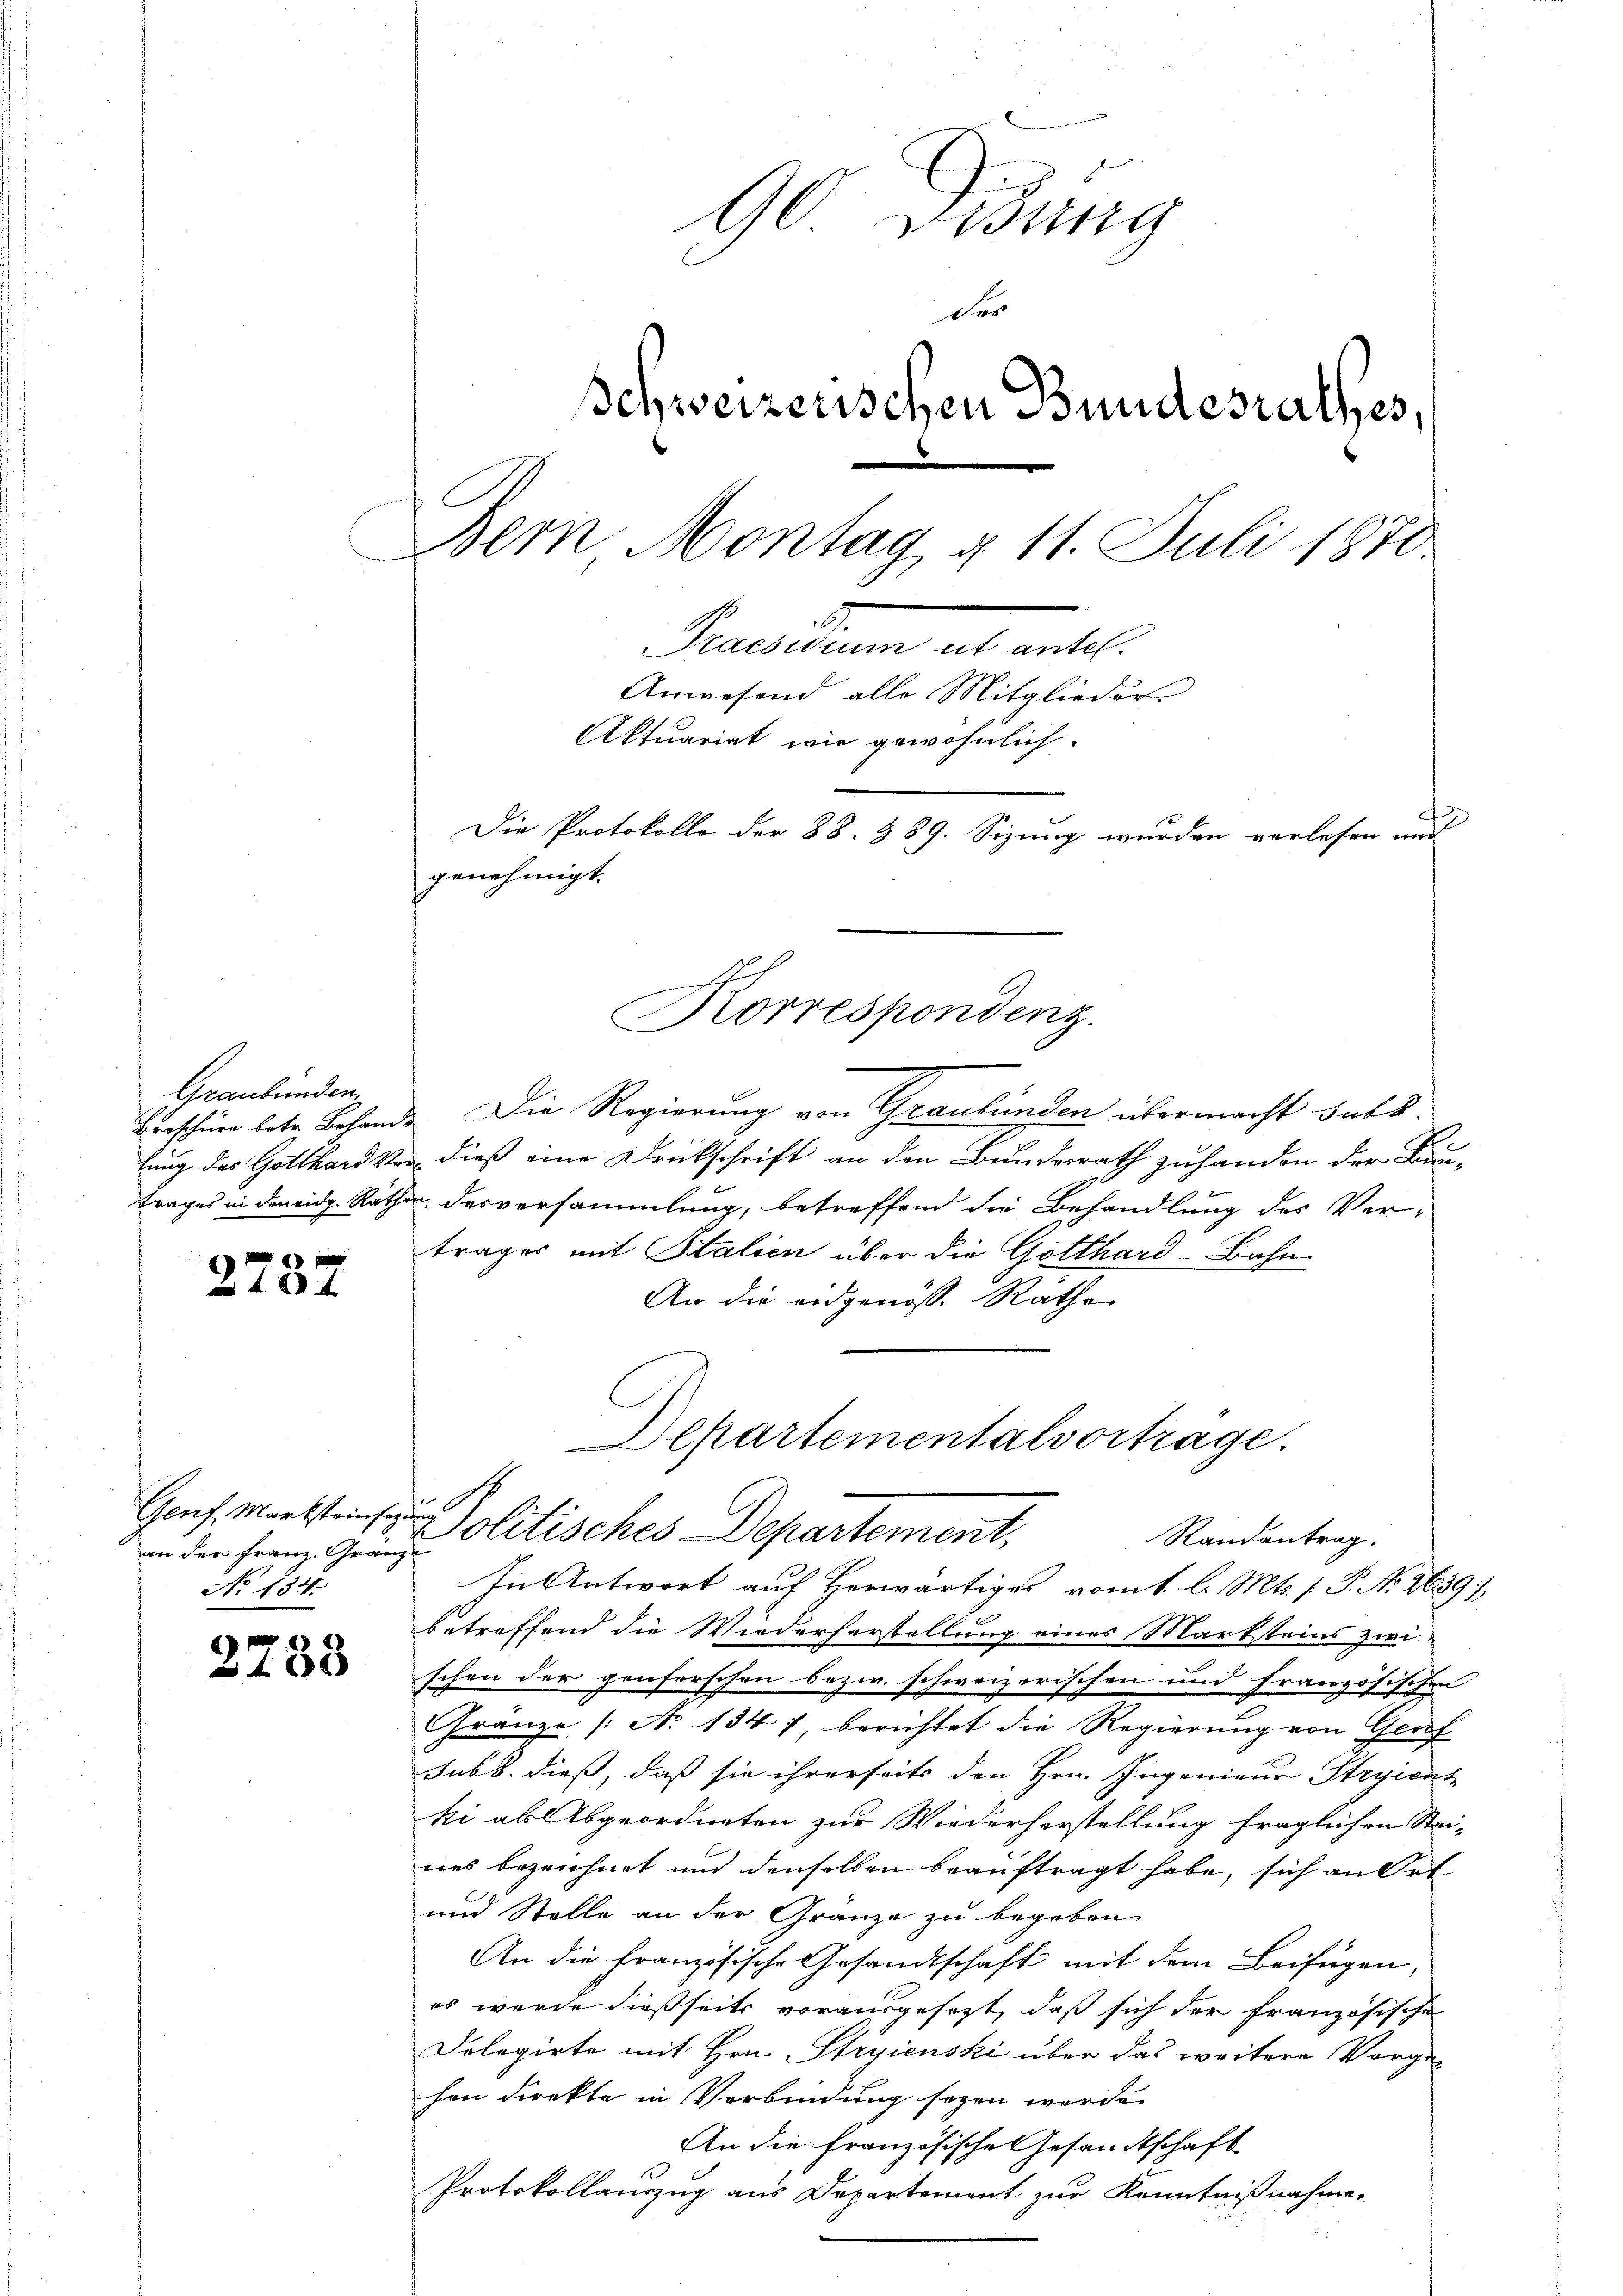
Graubünden,
trages in den eidg. Rath

2737.

Genf, Marksteinsa
an der Franz. Grän
No 134.

2.

233

90 Disung
der
Schweizerischen Bundesrathes,
Dem Montag § 11. Juli 1870
5.
Praesidium et antel.
Anwesend alle Mitglieder-
Aktuariat wie gewöhnlich.
Die Protokolle der 88. 389. Sizung wurden verlesen und
genehmigt.

Korrespondenz.

Beschüre betr. Behande. Die Regierung von Graubünden übermacht subs
lung des Gotthard vor, dieß eine Druckschrift an den Bundesrath zuhanden der Bau-
Todesversammlung, betreffend die Behandlung des Ver-
trages mit Stalien über die Gotthard-Bahn
An die eidgenöss. Rathe
gefun
gf
In Antwort auf Herwärtiges romt. l. Mts. f. P. No. 2639;
betreffend die Wiederherstellung eines Marksteins zwischon der genferschen bezw. schweizerischen und Französischen
Gränze (N. 134) berichtet die Regierung von Gruf
sub. dieß, daß sie ihrerseits den Hrn. Ingenieur Stryicat
ki als Abgeordneten zur Wiederherstellung fraglichen Stei-
nes bezeichnet und denselben beauftragt habe, sich an Ort
und Stelle an der Gränze zu begeben
An die französische Gesandtschaft mit dem Beifügen,
es wurde dießseits vorausgesezt, daß sich der französische
Dologirte mit Hrn. Stryienski über das weitere Vorgehen direkte in Verbindung seyen werde.
An die Französische Gesandtschaft
Protokollauszug aus Departement zur Kenntnißnahme.

Departementalvortrage.
Politisches Departement,
Randantrag.

2